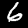
Label: 6